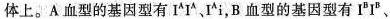
体上。A 血型的基因型有 I^{A}I^{A}、I^{A}i，B 血型的基因型有 I^{B}I^{B}、